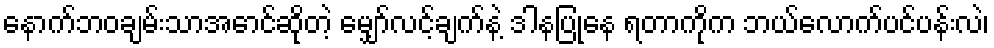
နောက်ဘဝချမ်းသာအောင်ဆိုတဲ့ မျှော်လင့်ချက်နဲ့ ဒါနပြုနေ ရတာကိုက ဘယ်လောက်ပင်ပန်းလဲ၊